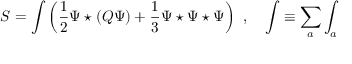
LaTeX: S = \int \left( \frac { 1 } { 2 } \Psi \star ( Q \Psi ) + \frac { 1 } { 3 } \Psi \star \Psi \star \Psi \right) \, \, , \quad \int \equiv \sum _ { a } \int _ { a }